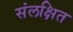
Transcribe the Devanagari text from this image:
संलक्षित